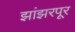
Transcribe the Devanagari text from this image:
झांझरपूर